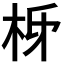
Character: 𭩩